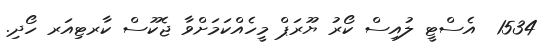
1534  އެސްޓީ ލުއިސް ކޯރު ޔޫރަޕް މީހެއްކަމަށްވާ ޖެކޫސް ކާރޓިއަރ ހޯދި.